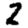
Digit: 2